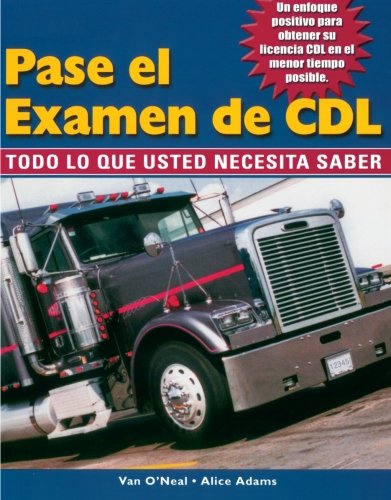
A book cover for Pass The CDL Exam: Everything You Need to Know (Spanish Edition); Alice Adams; Test Preparation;